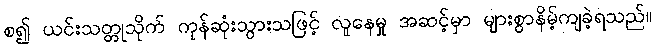
စ၍ ယင်းသတ္တုသိုက် ကုန်ဆုံးသွားသဖြင့် လူနေမှု အဆင့်မှာ များစွာနိမ့်ကျခဲ့ရသည်။